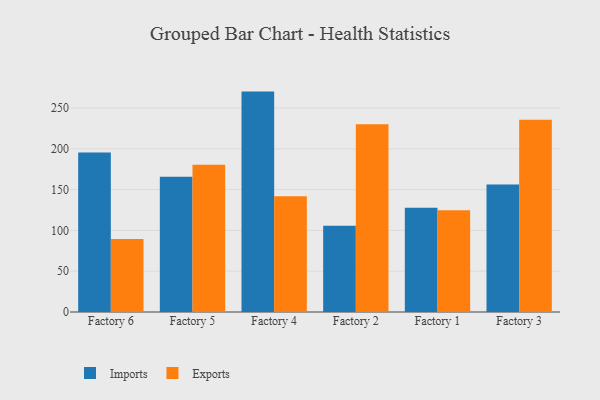
{"axis": {"x": "Factory", "y": "Inventory Turnover"}, "legend": ["Exports", "Imports"], "data": [{"x": "Factory 6", "y": 195.5, "type": "Imports"}, {"x": "Factory 6", "y": 89.6, "type": "Exports"}, {"x": "Factory 5", "y": 165.6, "type": "Imports"}, {"x": "Factory 5", "y": 180.5, "type": "Exports"}, {"x": "Factory 4", "y": 270.1, "type": "Imports"}, {"x": "Factory 4", "y": 141.7, "type": "Exports"}, {"x": "Factory 2", "y": 105.7, "type": "Imports"}, {"x": "Factory 2", "y": 230.2, "type": "Exports"}, {"x": "Factory 1", "y": 127.9, "type": "Imports"}, {"x": "Factory 1", "y": 124.8, "type": "Exports"}, {"x": "Factory 3", "y": 156.1, "type": "Imports"}, {"x": "Factory 3", "y": 235.7, "type": "Exports"}]}